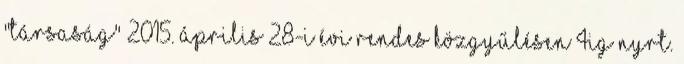
"Társaság" 2015. április 28-i évi rendes közgyűlésen 4IG NYRT.